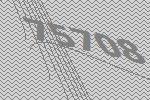
75708